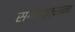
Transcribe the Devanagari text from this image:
सगरपुत्रांना